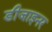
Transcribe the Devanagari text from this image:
डीजाइनर